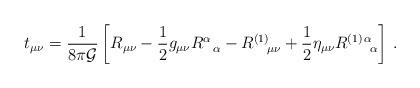
LaTeX: \begin{align*}t_{\mu\nu}=\frac{1}{8\pi {\cal G}}\left [ R_{\mu\nu}-\frac{1}{2}g_{\mu\nu} R^{\alpha}_{\;\;\;\alpha} -R^{(1)}_{\;\;\;\;\mu\nu}+\frac{1}{2}\eta_{\mu\nu} R^{(1)\,\alpha}_{\;\;\;\;\;\;\;\alpha} \right ] \,. \end{align*}